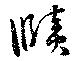
賾